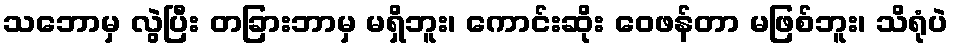
သဘောမှ လွဲပြီး တခြားဘာမှ မရှိဘူး၊ ကောင်းဆိုး ဝေဖန်တာ မဖြစ်ဘူး၊ သိရုံပဲ